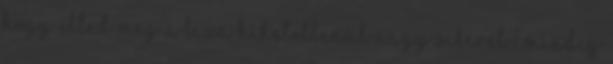
Hogy élted meg a Liza hihetetlenül nagy sikerét? Mindig